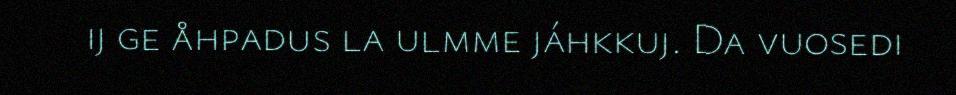
ij ge åhpadus la ulmme jáhkkuj. Da vuosedi